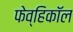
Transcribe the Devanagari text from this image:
फेव्हिकॉल